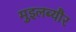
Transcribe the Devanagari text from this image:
मुइलब्यौर